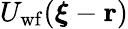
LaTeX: U_{\mathrm{wf}}(\boldsymbol{\xi}-\mathbf{r})